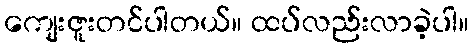
ကျေးဇူးတင်ပါတယ်။ ထပ်လည်းလာခဲ့ပါ။